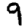
Digit: 9